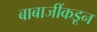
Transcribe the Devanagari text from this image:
बाबाजींकडून